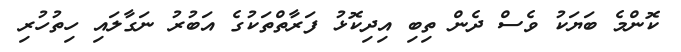
ކޮންމެ ބަޔަކު ވެސް ދެން ތިބި އިދިކޮޅު ފަރާތްތަކުގެ އަބުރު ނަގާލައި ހިތުހުރި